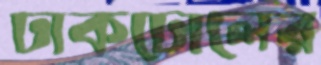
ঢাকঢোলের